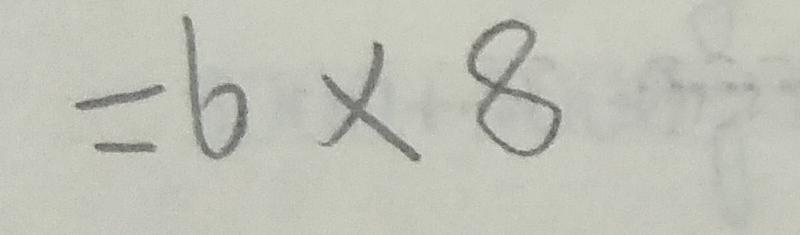
= 6 \times 8